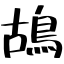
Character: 鴣